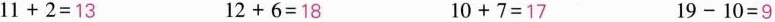
$$1 1 + 2 = 1 3$$ $$1 2 + 6 = 1 8$$ $$1 0 + 7 = 1 7$$ $$1 9 - 1 0 = 9$$